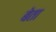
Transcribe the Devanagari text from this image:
बेता